Burma Government Medical School reports 1907-22
Year: 1907
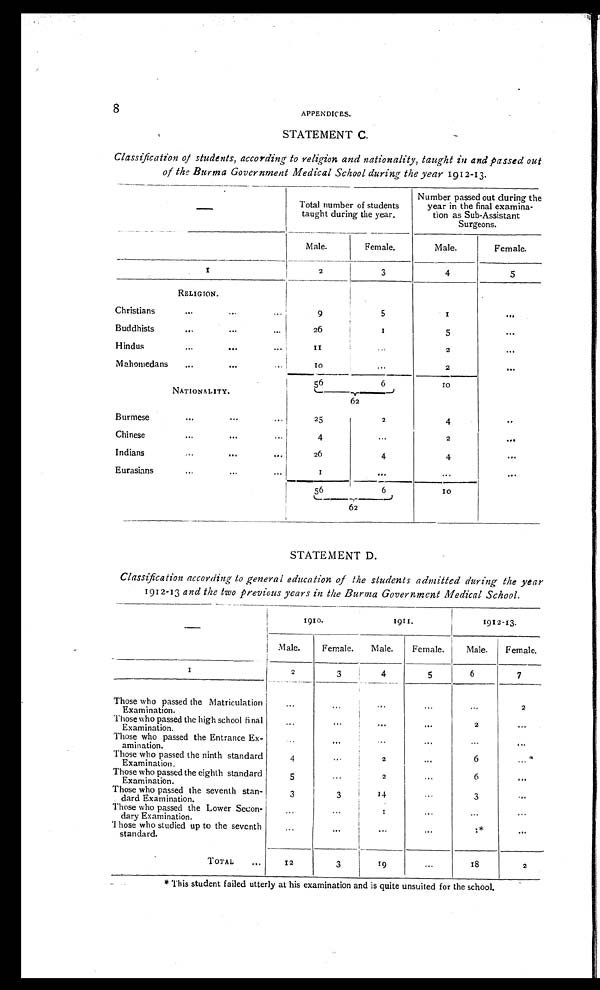
8
APPENDICES.
STATEMENT C.
Classification of students, according to religion and nationality, taught in and passed out
of the Burma Government Medical School during the year 1912-13.
—
Total number of students
taught during the year.
Number passed out during the
year in the final examina-
tion as Sub-Assistant
Surgeons.
Male.
Female.
Male.
Female.
1
2
3
4
5
RELIGION.
Christians
... ... ...
9
5
1
...
Buddhists
...
...
...
26
1
5
...
Hindus
... ... ...
11
...
2
...
Mahomedans
...
...
...
10
...
2
...
56
6
10
NATIONALITY.
62
Burmese
...
...
...
25
2
4
..
Chinese
...
... ...
4
...
2
...
Indians
...
...
...
26
4
4
...
Eurasians
...
...
...
1
... ... ...
56
6
10
62
STATEMENT D.
Classification according to general education of the students admitted during the year
1912-13 and the two previous years in the Burma Government Medical School.
—
1910.
1911.
1912-13.
Male.
Female. Male.
Female.
Male.
Female.
1
2
3
4
5
6
7
Those who passed the Matriculation
Examination.
...
...
...
...
...
2
Those who passed the high school fi
nal Examination.
...
...
... ...
2
...
Those who passed the Entrance Ex-
amination.
... ... ...
...
... ...
Those who passed the ninth standard
Examination.
4
...
2
...
6
...
Those who passed the eighth standard
Examination.
5
...
2
...
6
...
Those who passed the seventh stan-
dard Examination.
3
3
14
...
3
...
Those who passed the Lower Secon-
dary Examination.
...
... 1
... ... ...
Those who studied up to the sevent
h standard.
...
... ... ...
1*
...
TOTAL
...
12
3
19
...
18
2
* This student failed utterly at his examination and is quite unsuited for the school.